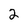
Character: 2